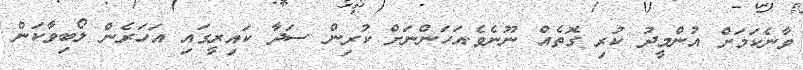
ވާނެކަމަށް އުންމީދު ކުރި ގޮތެއް ނޫނެވެ.އަހަންނަށް ކުރިން ސަދާ ކައިރީގައި އަހަރެން ލޯބިވާކަން